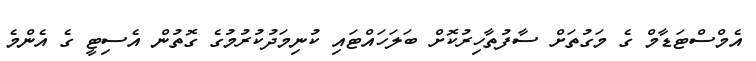
އެމްސްޓަޑާމް ގެ މަގުތަށް ސާފުތާހިރުކޮށް ބަލަހައްޓައި ކުނިމަދުކުރުމުގެ ގޮތުން އެސިޓީ ގެ އެންމެ